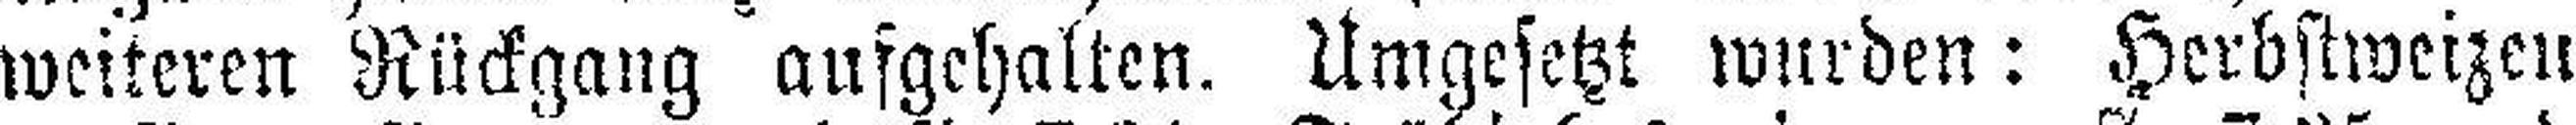
weiteren Rückgang aufgehalten. Umgesetzt wurden: Herbstweizen